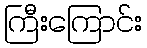
ကြီးကြောင်း